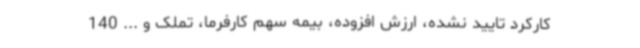
کارکرد تایید نشده، ارزش افزوده، بیمه سهم کارفرما، تملک و ... 140